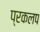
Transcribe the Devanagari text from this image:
प्रकलप